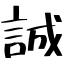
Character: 誠